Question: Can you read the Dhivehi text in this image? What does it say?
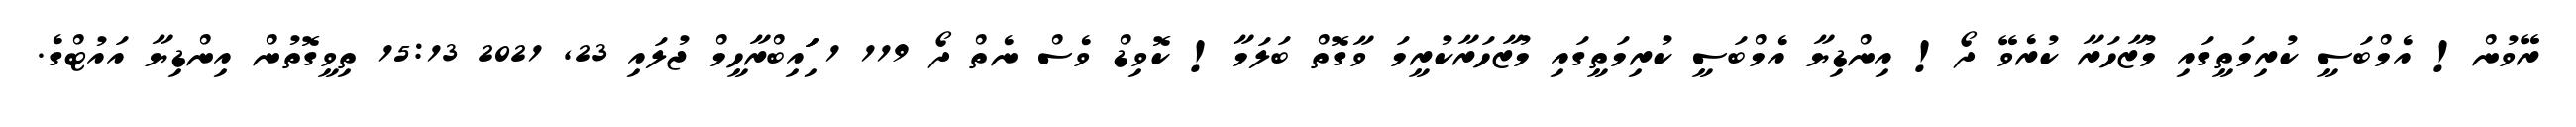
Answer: ރޭވުން! އެމްބަސީ ކުރިމަތީގައި މުޒާހަރާ ކުރެވޭ ދޯ! އިންޑިޔާ އެމްބަސީ ކުރިމަތީގައި މުޒާހަރާކުރީމަ ވާގޮތް ބަލަމާ! ކޮވިޑް ވެސް ނެތް ދޯ 119 1 ަިަަައިބްރާހީމް ޖުލައި 23, 2021 15:13 ތިވީގޮތުން އިންޑިޔާ އައުޓްގެ.